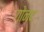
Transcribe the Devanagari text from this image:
गोनद